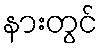
နားတွင်